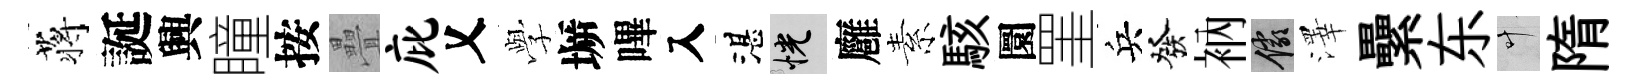
蒋誕興瞳按疊庇乂𫝯󶱲嗶入湛恍廱素駭圜罣兵發衲儼澤纍东叶隋